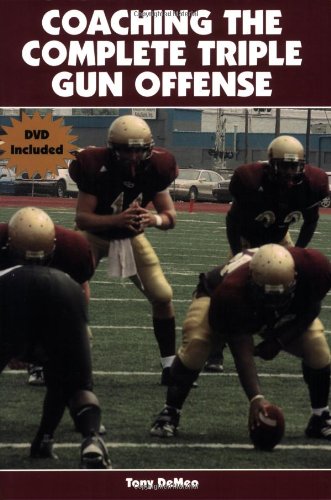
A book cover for Coaching the Complete Triple Gun Offense; Tony Demeo; Sports & Outdoors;